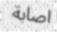
اصابة